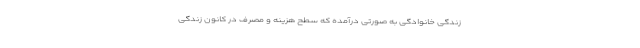
زندگی خانوادگی به صورتی درآمده که سطح هزینه و مصرف در کانون زندگی